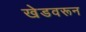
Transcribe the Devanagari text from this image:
खेडवरून